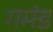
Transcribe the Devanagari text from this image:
गमंड